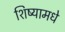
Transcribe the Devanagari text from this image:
शिष्यामधे